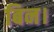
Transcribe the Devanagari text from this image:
बिन।